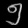
Digit: ၅